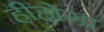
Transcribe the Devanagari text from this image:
हीहोगा